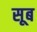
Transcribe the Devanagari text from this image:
सूब